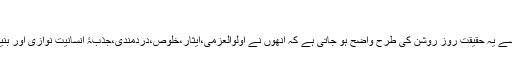
صفحہ ۱۰۰)
سلطان جمیل نسیم کے افسانوں کا اسلوبیاتی مطالعہ کرنے سے یہ حقیقت روز روشن کی طرح واضح ہو جاتی ہے کہ انھوں نے اولوالعزمی،ایثار،خلوص،دردمندی،جذبۂ انسانیت نوازی اور بنیادی انسانی حقوق کو اپنی تحریروں میں کلیدی مقام دیا ہے۔